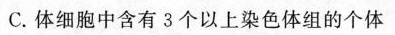
C.体细胞中含有3个以上染色体组的个体